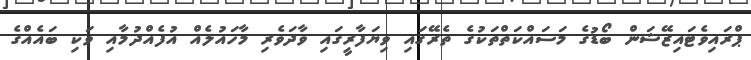
ޕްރައިވެޓައިޒޭޝަން ބޯޑުގެ މަސައްކަތްތަކުގެ ތެރޭގައި ވިޔަފާރީގައި ވާދަވެރި މާހައުލެއް އުފެއްދުމާއި ވަކި ބައެއްގެ